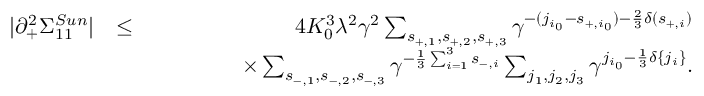
\begin{array} { r l r } { \vert \partial _ { + } ^ { 2 } \Sigma _ { 1 1 } ^ { S u n } \vert } & { \le } & { 4 K _ { 0 } ^ { 3 } \lambda ^ { 2 } \gamma ^ { 2 } \sum _ { s _ { + , 1 } , s _ { + , 2 } , s _ { + , 3 } } \gamma ^ { - ( j _ { i _ { 0 } } - s _ { + , { i _ { 0 } } } ) - \frac { 2 } { 3 } \delta ( s _ { + , i } ) } } \\ & { } & { \quad \quad \quad \quad \times \sum _ { s _ { - , 1 } , s _ { - , 2 } , s _ { - , 3 } } \gamma ^ { - \frac { 1 } { 3 } \sum _ { i = 1 } ^ { 3 } s _ { - , i } } \sum _ { j _ { 1 } , j _ { 2 } , j _ { 3 } } \gamma ^ { j _ { i _ { 0 } } - \frac { 1 } { 3 } \delta \{ j _ { i } \} } . } \end{array}